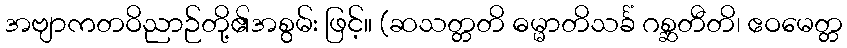
အဗျာကတဝိညာဉ်တို့၏အစွမ်း ဖြင့်။ (ဆသတ္တတိ ဓမ္မာတိသင်္ခံ ဂစ္ဆတီတိ၊ ဧဝမေတ္တ